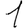
Digit: 1